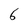
Character: 6